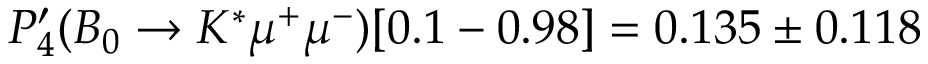
P _ { 4 } ^ { \prime } ( B _ { 0 } \to K ^ { * } \mu ^ { + } \mu ^ { - } ) [ 0 . 1 - 0 . 9 8 ] = 0 . 1 3 5 \pm 0 . 1 1 8